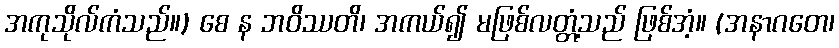
အကုသိုလ်ကံသည်။) စေ န ဘဝိဿတိ၊ အကယ်၍ မဖြစ်လတ္တံ့သည် ဖြစ်အံ့။ (အနာဂတေ၊